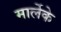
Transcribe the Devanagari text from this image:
मार्लेके